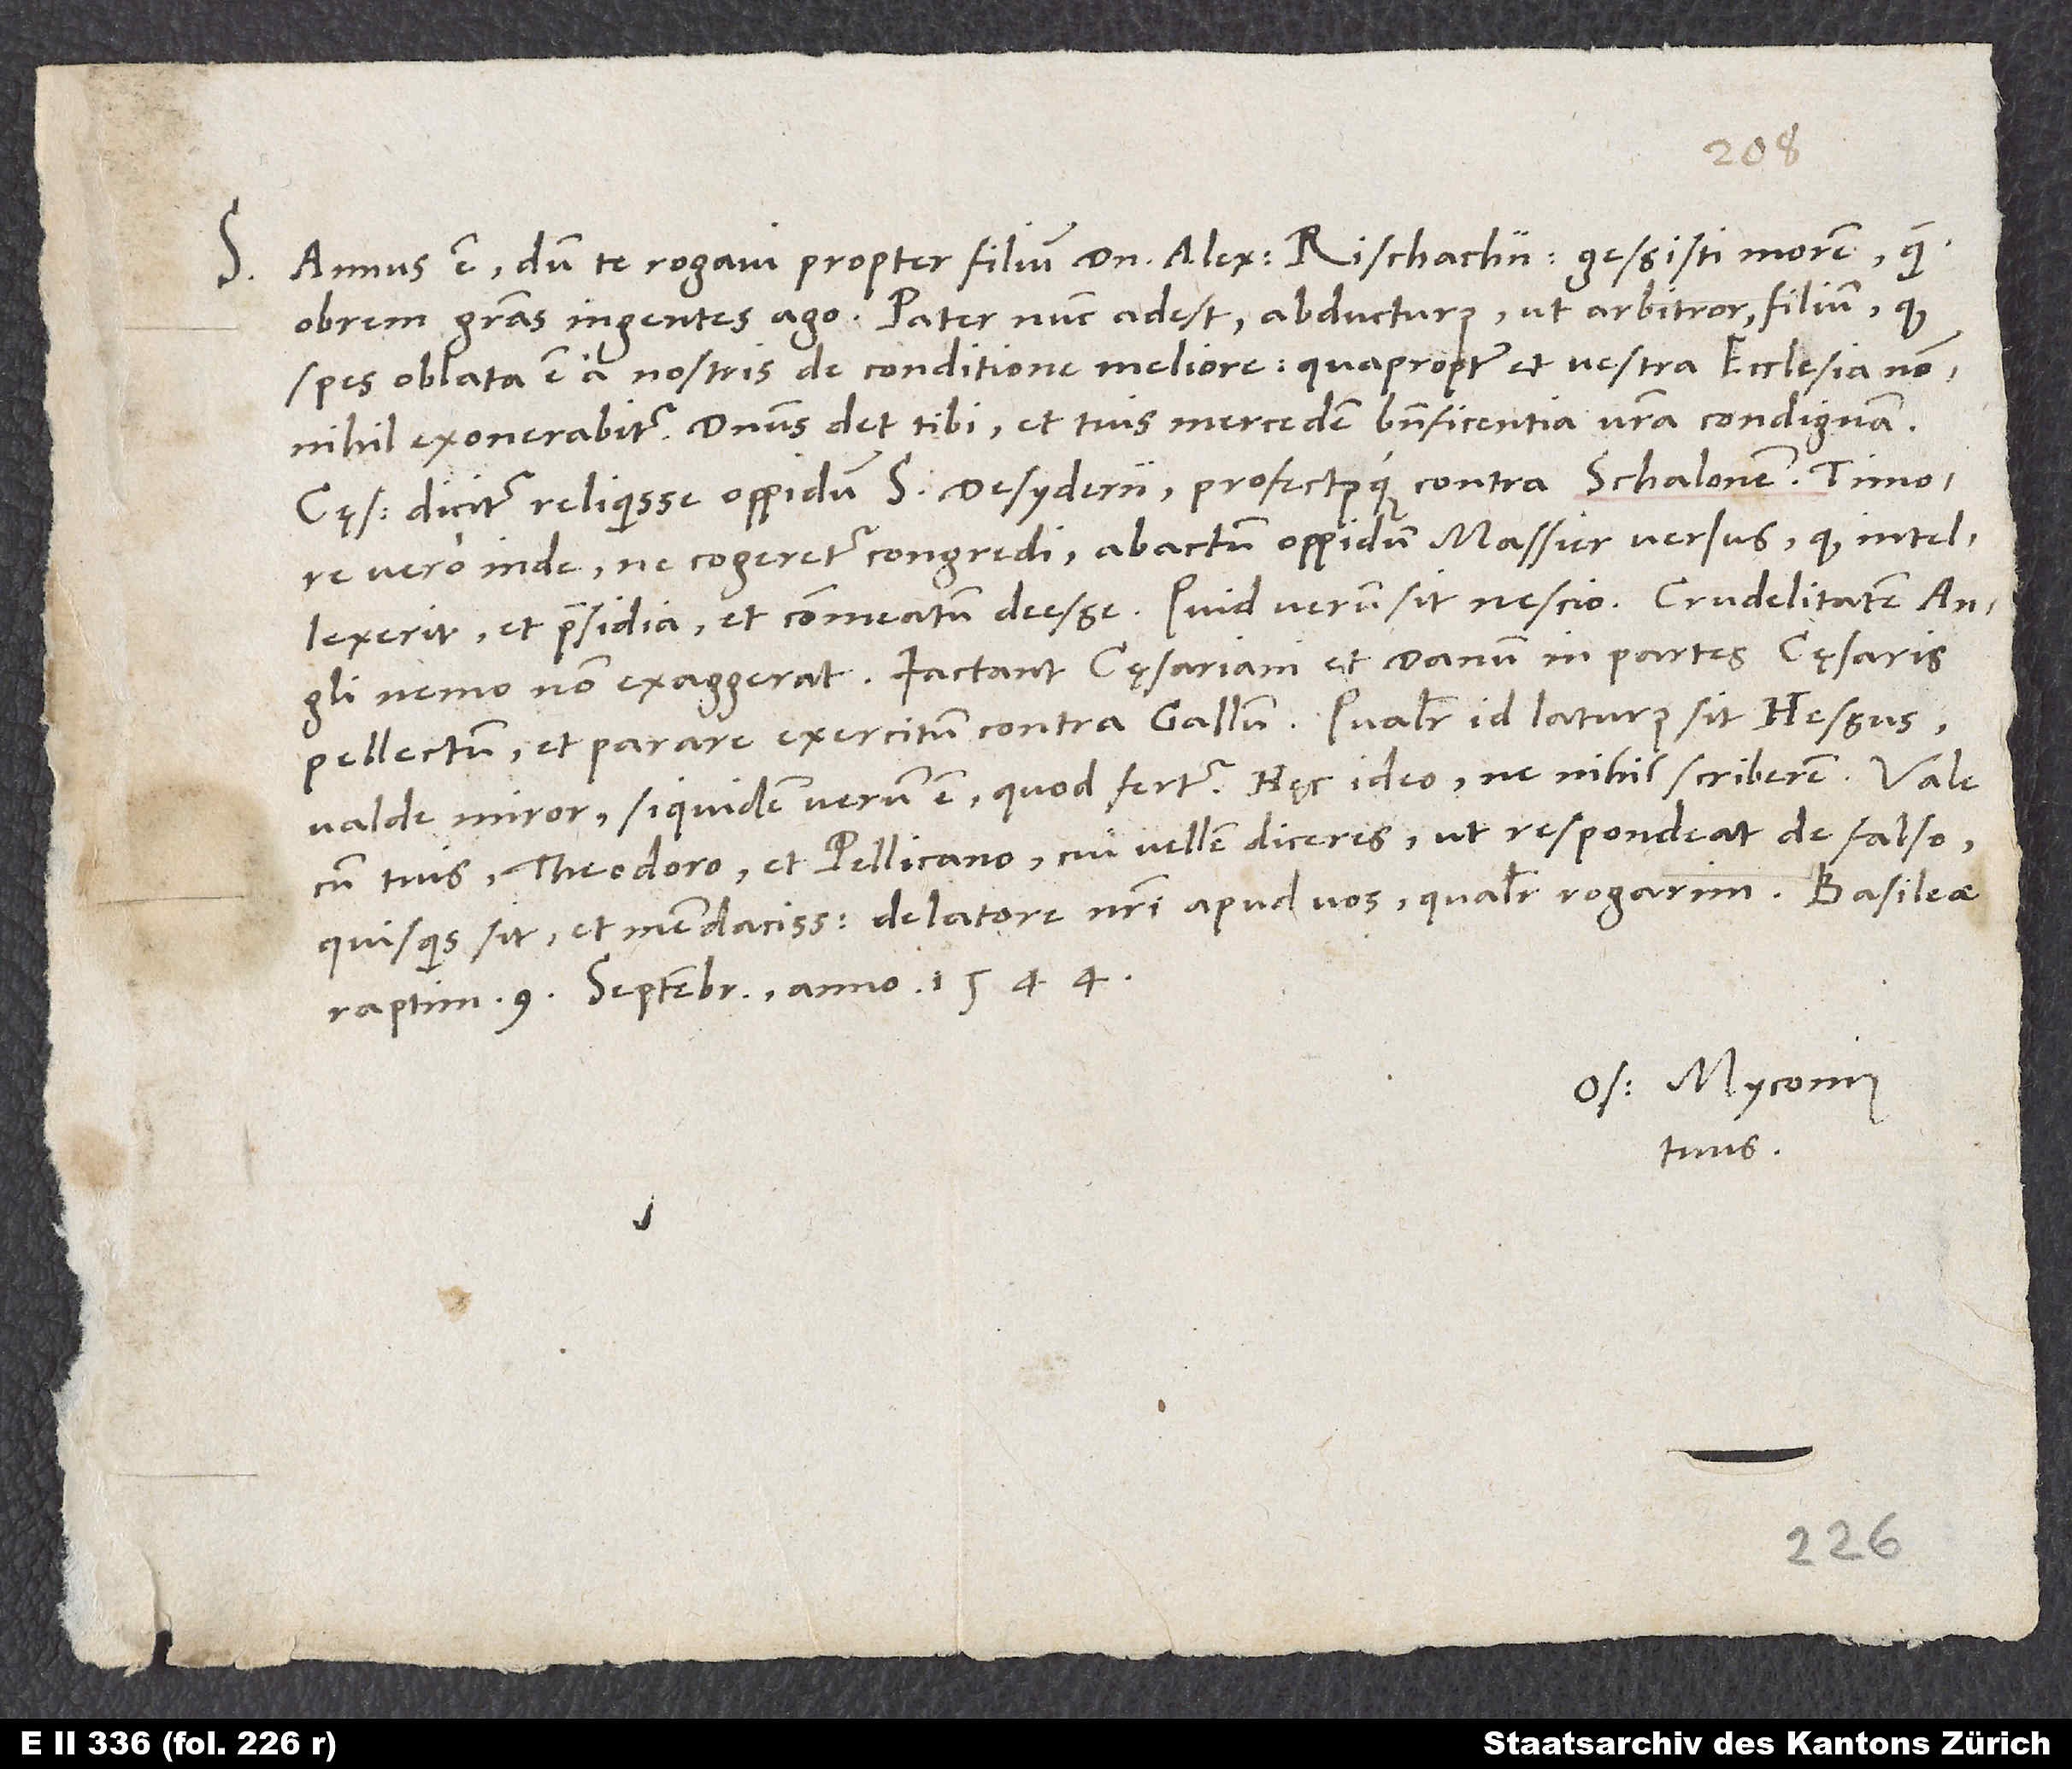
D.
S. Annus est, dum te rogavi propter filium domini Alexandri Rischachii. Gessisti morem,
quamobrem gratias ingentes ago. Pater nunc adest abducturus, ut arbitror, filium,
spes oblata est a nostris de conditione meliore, quapropter et vestra ecclesia
nonnihil exonerabitur. Dominus det tibi et tuis mercedem beneficentia vestra condignam.
Cęsar dicitur reliquisse oppidum S. Desyderii profectusque contra Schalonem, timore
vero inde, ne cogeretur congredi, abactum oppidum Massier versus, quod intellexerit
et praesidia et commeatum deesse. Quid verum sit, nescio. Crudelitatem Angli
nemo non exaggerat. Iactant cęsariani et Danum in partes cęsaris
pellectum et parare exercitum contra Gallum. Qualiter id laturus sit Hessus,
valde miror, siquidem verum est, quod fertur. Hęc ideo, ne nihil scriberem.
cum tuis, Theodoro et Pellicano, cui vellem diceres, ut respondeat de falso,
quisquis sit, et mendacissimo delatore nostri apud vos, qualiter rogarim.
raptim, 9. septembris anno 1544.
Os. Myconius
tuus.